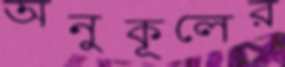
অনুকূলের